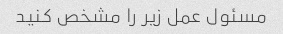
مسئول عمل زیر را مشخص کنید